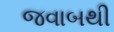
જવાબથી